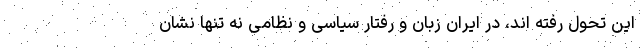
این تحول رفته اند‌، در ایران زبان و رفتار سیاسی و نظامی نه تنها نشان